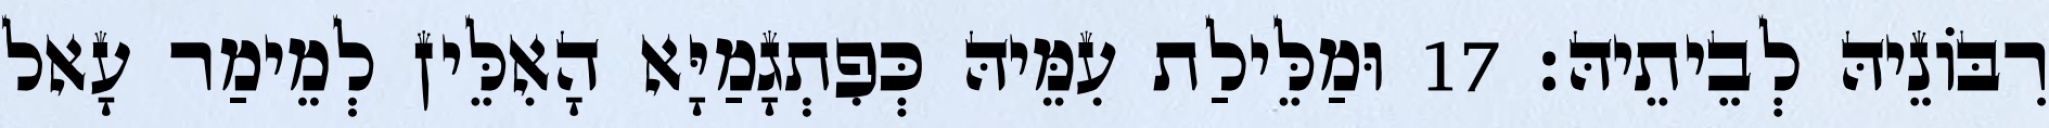
רִבּוֹנֵיהּ לְבֵיתֵיהּ׃ 17 וּמַלֵּילַת עִמֵּיהּ כְּפִתְגָמַיָּא הָאִלֵּין לְמֵימַר עָאל